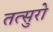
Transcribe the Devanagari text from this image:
तत्सुरो